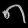
Digit: ၈